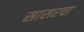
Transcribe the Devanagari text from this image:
सासरचा